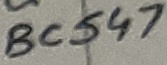
Text: BC547